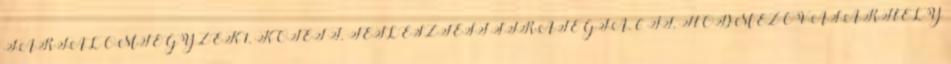
TARTALOMJEGYZÉK 1. KÖTET I. FEJLESZTÉSI STRATÉGIA. 6 II. HÓDMEZŐVÁSÁRHELY